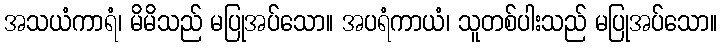
အသယံကာရံ၊ မိမိသည် မပြုအပ်သော။ အပရံကာယံ၊ သူတစ်ပါးသည် မပြုအပ်သော။